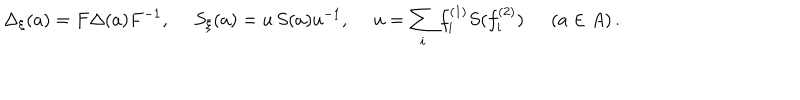
LaTeX: \Delta _ { \xi } ( a ) = F \Delta ( a ) F ^ { - 1 } , \quad \; S _ { \xi } ( a ) = u \, S ( a ) u ^ { - 1 } , \quad \; u = \sum _ { i } f _ { i } ^ { ( 1 ) } S ( f _ { i } ^ { ( 2 ) } ) \, \quad \; ( a \in A ) \, .